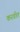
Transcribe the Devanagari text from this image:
करवीत